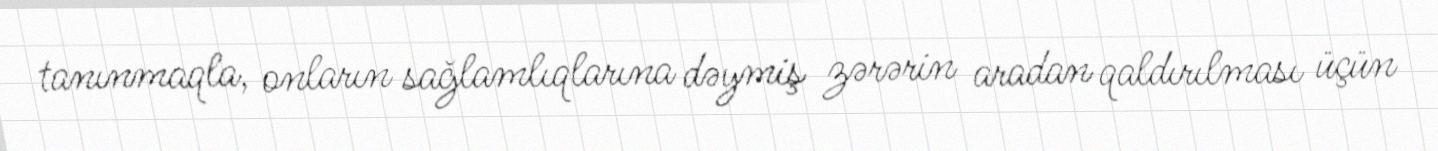
tanınmaqla, onların sağlamlıqlarına dəymiş zərərin aradan qaldırılması üçün